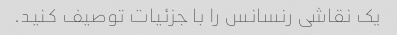
یک نقاشی رنسانس را با جزئیات توصیف کنید.